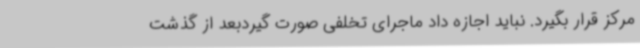
مرکز قرار بگیرد. نباید اجازه داد ماجرای تخلفی صورت گیردبعد از گذشت